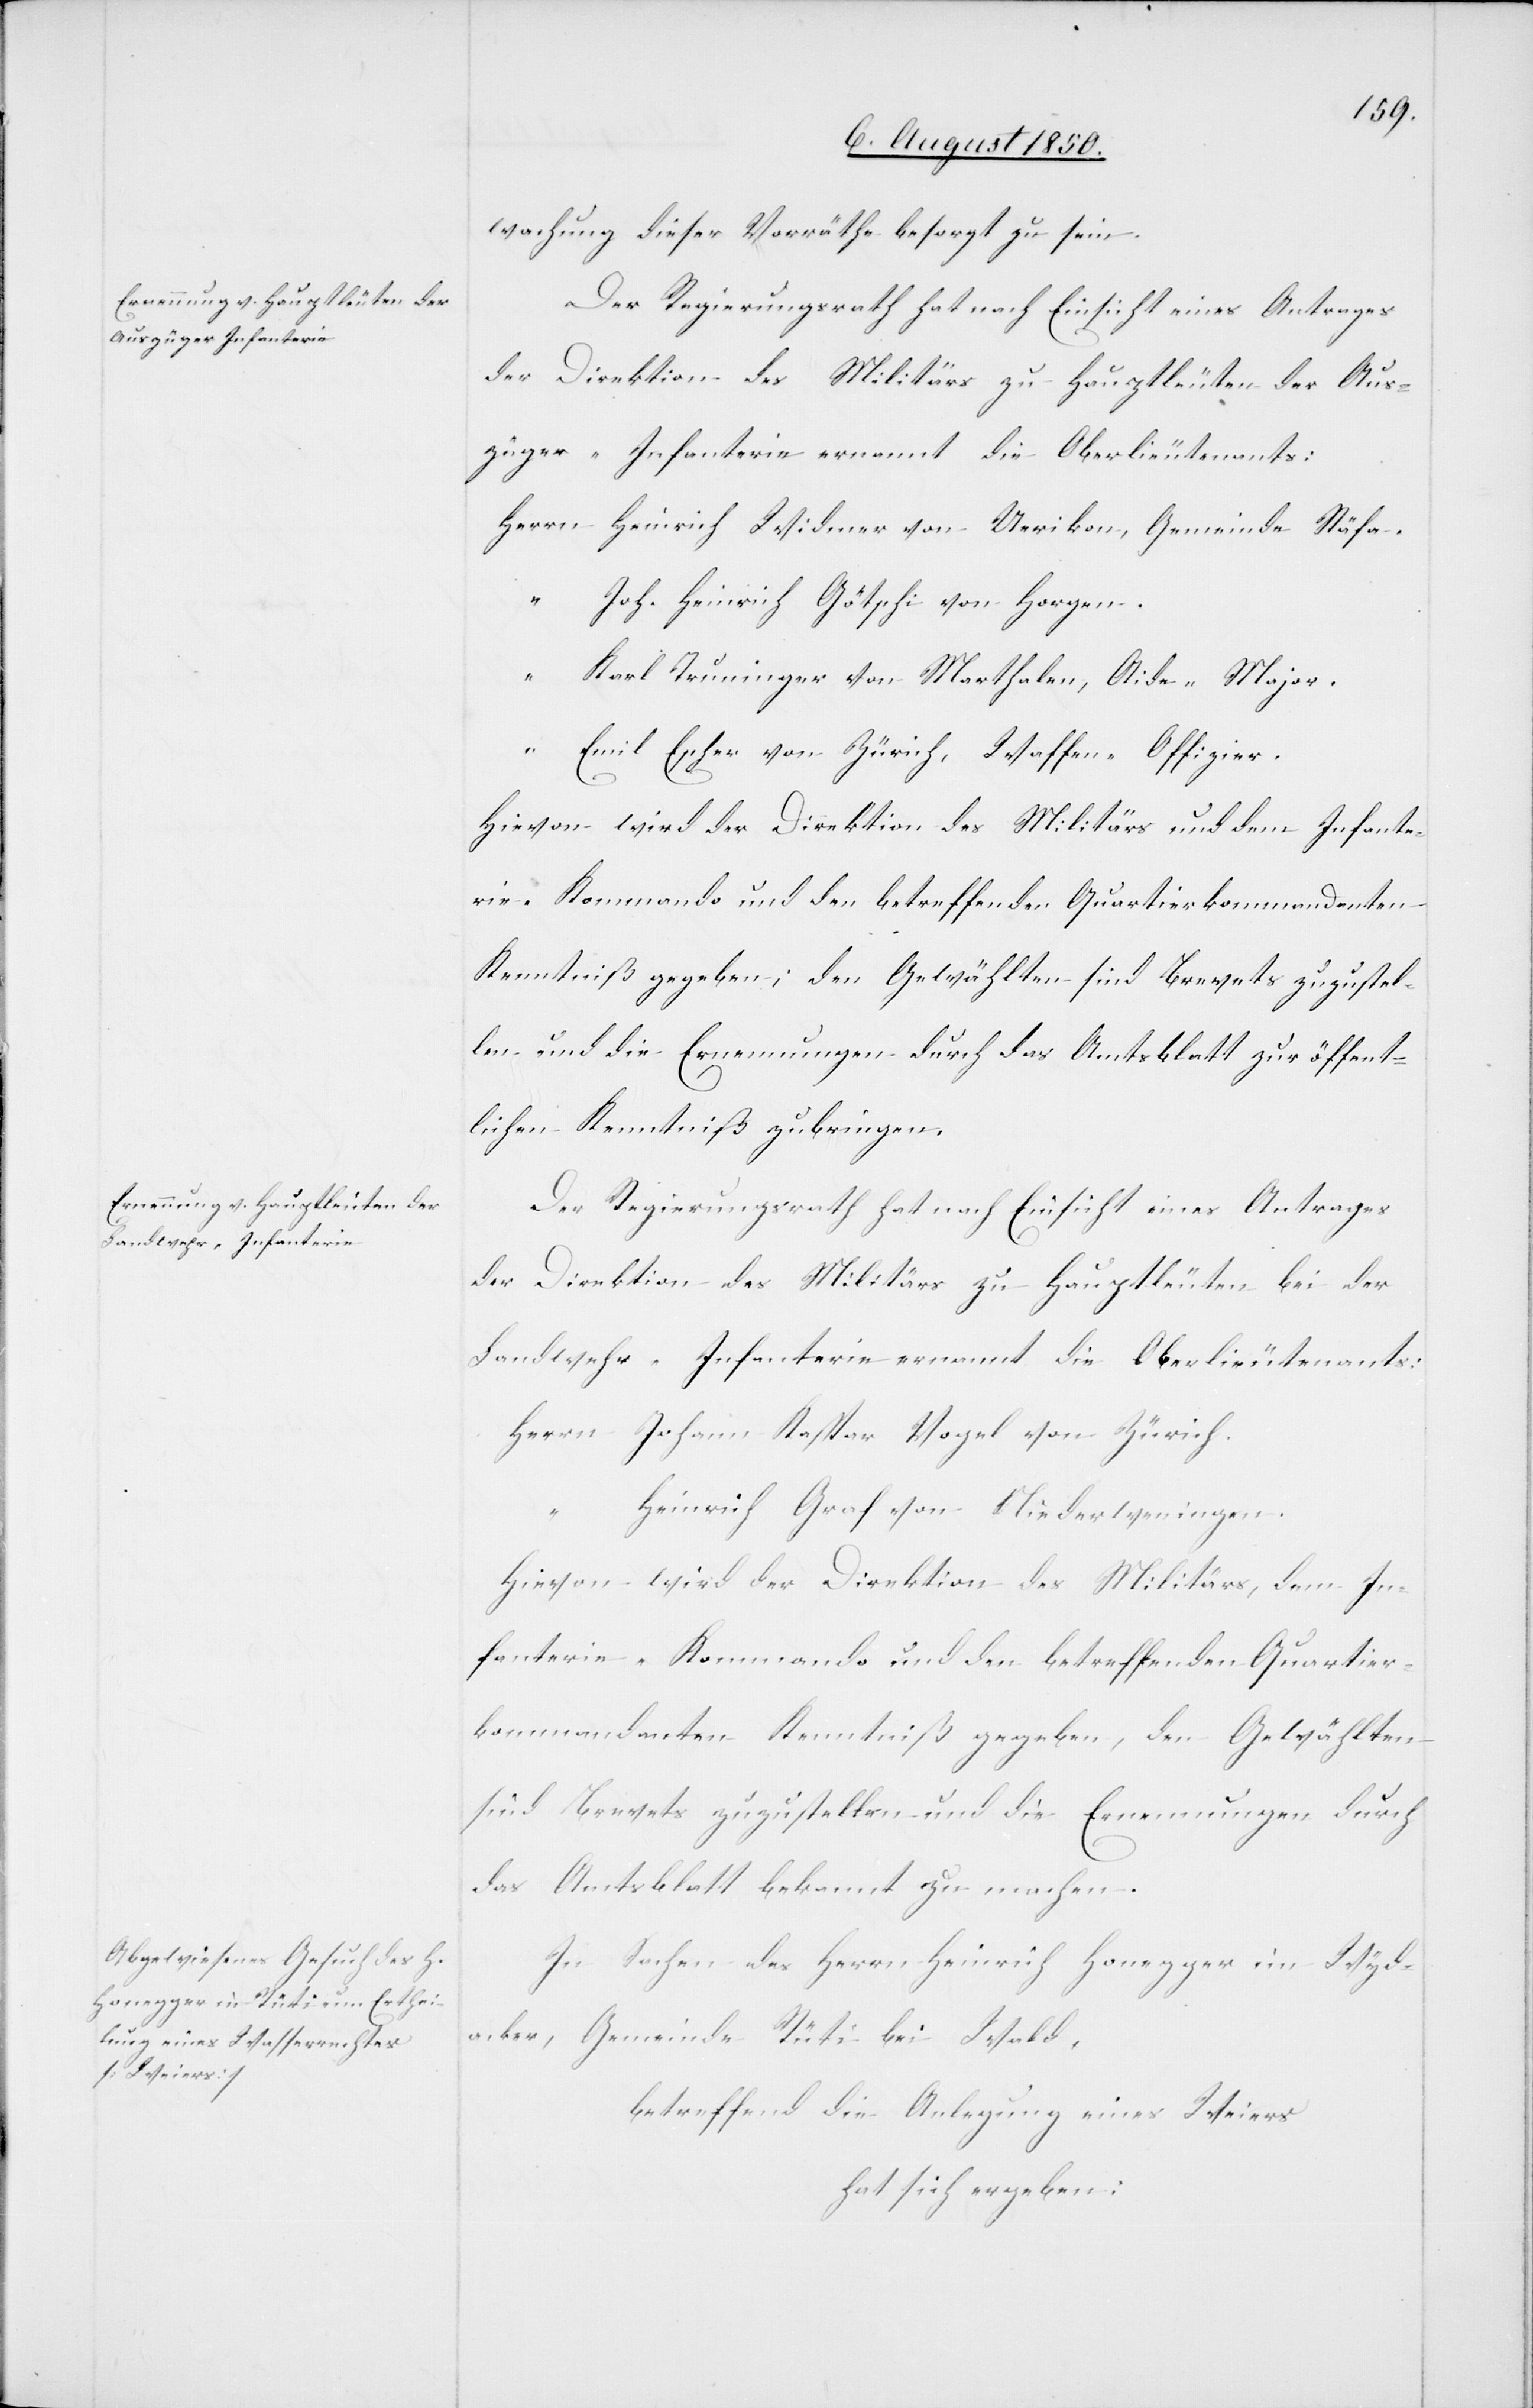
wachung dieser Vorräthe besorgt zu sein.
Der Regierungsrath hat nach Einsicht eines Antrages
der Direktion des Militärs zu Hauptleuten der Aus¬
züger-Infanterie ernannt die Oberlieutenants:
Herrn	Heinrich Widmer von Uerikon, Gemeinde Stäfa.
“		Joh. Heinrich Götschi von Horgen.
“		Karl Truninger von Marthalen, Aide-Major.
“		Emil Escher von Zürich, Waffen-Offizier.
Hievon wird der Direktion des Militärs und dem Infante¬
rie-Kommando und den betreffenden Quartierkommandanten
Kenntniß gegeben; den Gewählten sind Brevets zuzustel¬
len und die Ernennungen durch das Amtsblatt zur öffent¬
lichen Kenntniß zu bringen.
Der Regierungsrath hat nach Einsicht eines Antrages
der Direktion des Militärs zu Hauptleuten bei der
Landwehr-Infanterie ernannt die Oberlieutenants:
Herrn	Johann Kaspar Vogel von Zürich.
einrich Graf von Niederweningen.
“		H¬
Hievon wird der Direktion des Militärs, dem In¬
fanterie-Kommando und den betreffenden Quartier¬
kommandanten Kenntniß gegeben; den Gewählten
sind Brevets zuzustellen und die Ernennungen durch
das Amtsblatt bekannt zu machen.
In Sachen des Herrn Heinrich Honegger im Wyd¬
acker, Gemeinde Rüti bei Wald,
betreffend die Anlegung eines Weiers
hat sich ergeben: